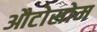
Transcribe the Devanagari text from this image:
औटोसोम